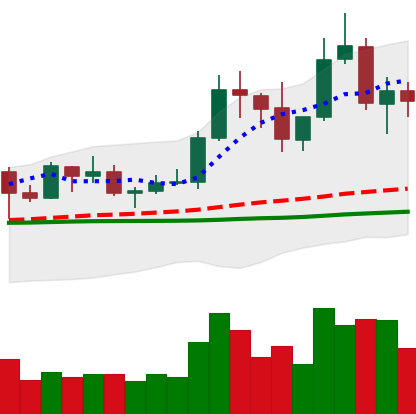
Ticker: TRX-USD
Chart end date: 2019-06-05
Forward return: -7.464%
Label: down_7plus